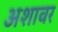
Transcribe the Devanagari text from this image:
अशावर